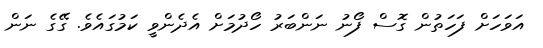
އަވަހަށް ފަހަތުން ގޮސް ފޯނު ނަންބަރު ހޯދުމަށް އެދެންވީ ކަމުގައެވެ. ގޭގެ ނަން